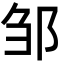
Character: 邹